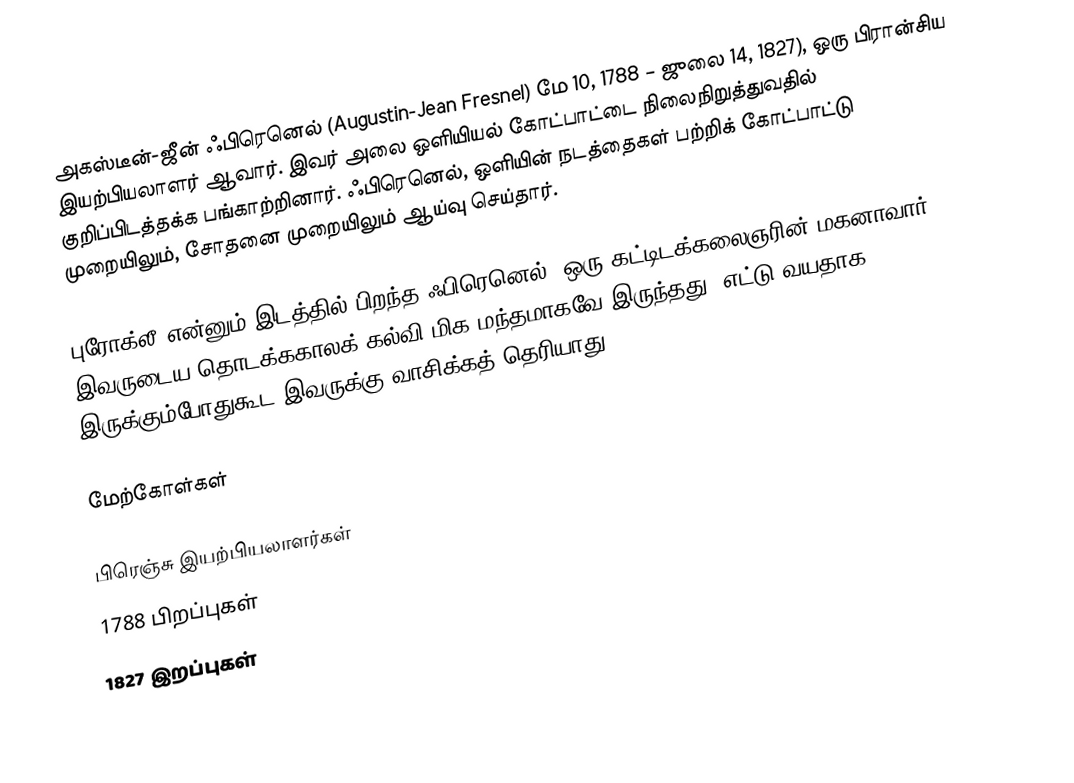
அகஸ்டீன்-ஜீன் ஃபிரெனெல் (Augustin-Jean Fresnel) மே 10, 1788 – ஜுலை 14, 1827), ஒரு பிரான்சிய இயற்பியலாளர் ஆவார். இவர் அலை ஒளியியல் கோட்பாட்டை நிலைநிறுத்துவதில் குறிப்பிடத்தக்க பங்காற்றினார். ஃபிரெனெல், ஒளியின் நடத்தைகள் பற்றிக் கோட்பாட்டு முறையிலும், சோதனை முறையிலும் ஆய்வு செய்தார்.

புரோக்லீ என்னும் இடத்தில் பிறந்த ஃபிரெனெல், ஒரு கட்டிடக்கலைஞரின் மகனாவார். இவருடைய தொடக்ககாலக் கல்வி மிக மந்தமாகவே இருந்தது. எட்டு வயதாக இருக்கும்போதுகூட இவருக்கு வாசிக்கத் தெரியாது.

மேற்கோள்கள்

பிரெஞ்சு இயற்பியலாளர்கள்
1788 பிறப்புகள்
1827 இறப்புகள்